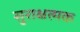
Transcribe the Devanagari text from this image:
सुराक्षत्मक